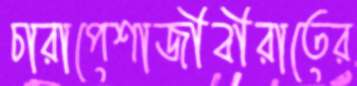
চারাপেশাজীবীরাতের